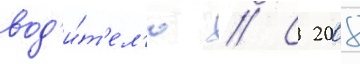
вод'и́т'ел'ю // С 2008